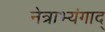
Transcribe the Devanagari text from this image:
नेत्राभ्यंगाद्